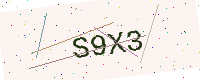
Text: S9X3